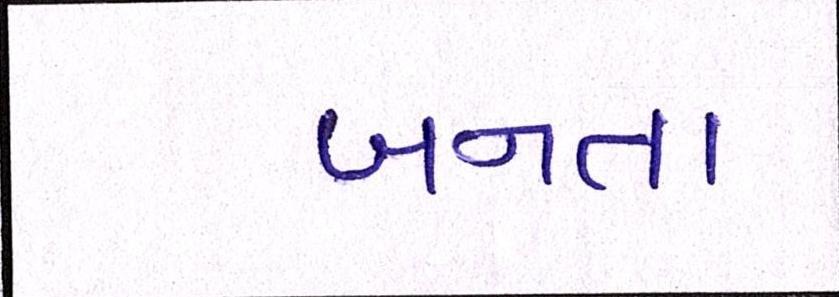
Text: બનતા